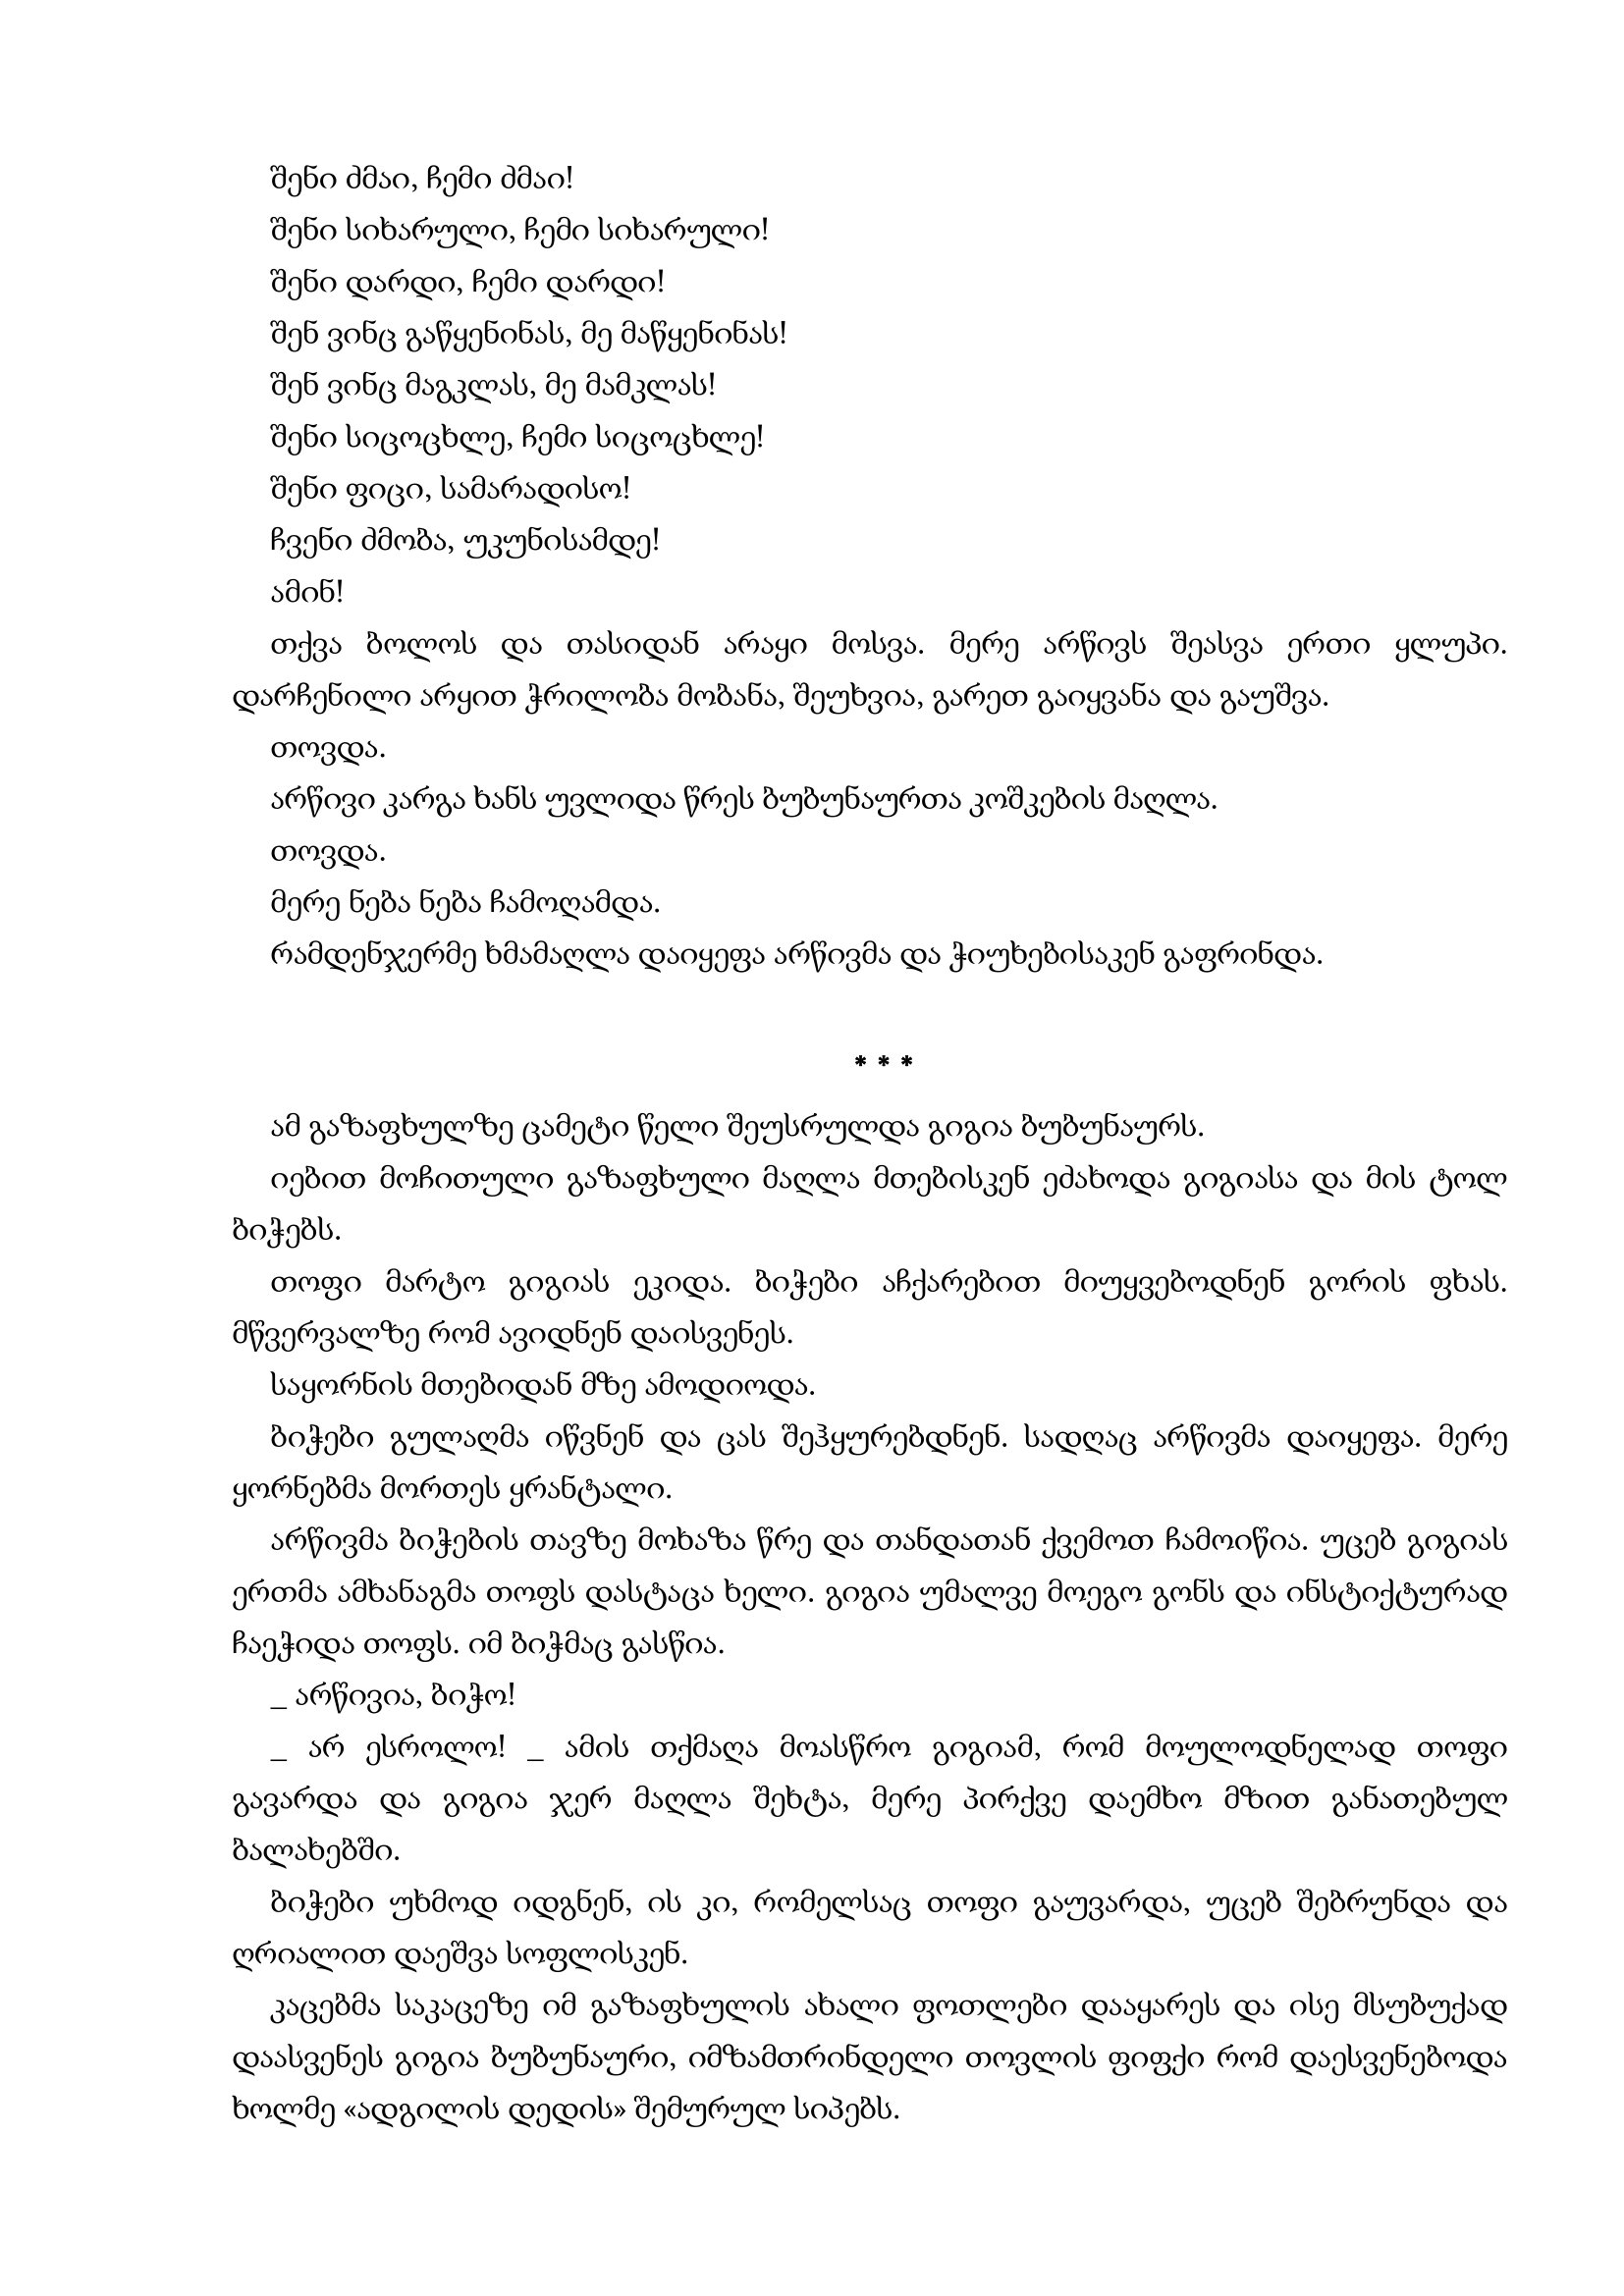
Language: gr